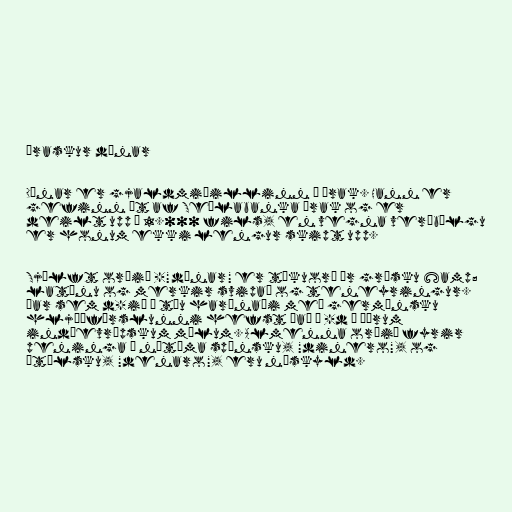
Íraskur dínar

Dínar er gjaldmiðillinn í Írak. Hann er
gefinn út af Seðlabanka Írak og er
deilt upp í 1.000 fils, en vegna verðbólgu
er honum ekki lengur skipt upp.

Sjálft orðið -"dínar" er tökuorð úr grísku &amp;
latínu og merkir svipað og teneyringur.
Þar sem d-ið í tíu harðnaði með germönsku
hljóðfærslunni hefst það á -d í öðrum
indóevrópskum málum. Almenna orðið fyrir
peninga í nútíma spænsku, "dinero", og
ítölsku, "denaro", eru náskyld.